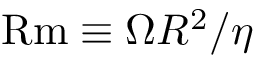
\mathrm { R m } \equiv \Omega R ^ { 2 } / \eta